Document type: Act of concord
Year: 1255
Scribe: Pere de Terme
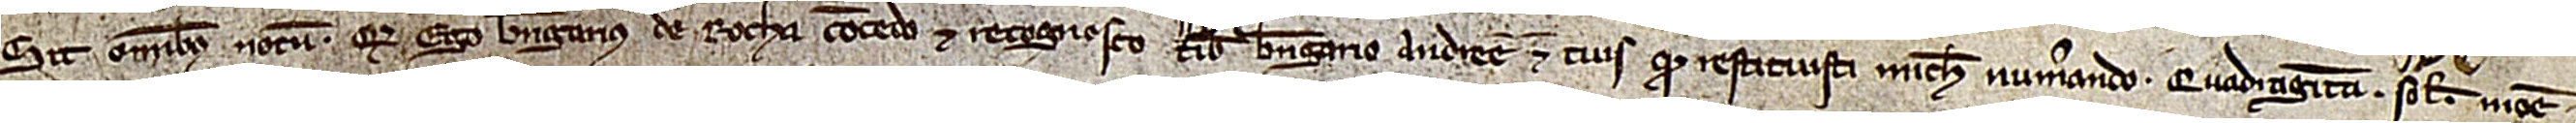
Sit omnibus notum quod ego Berengarius de Rocha concedo et recognosco tibi Berengario Andre et tuis quod restituisti michi numerando quadraginta solidos mone-